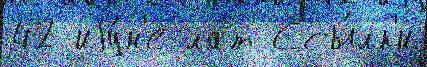
42 иjу́н'е лат Ссы́лк'и